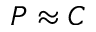
P \approx C